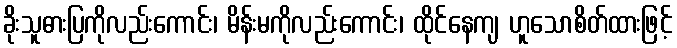
ခိုးသူဓားပြကိုလည်းကောင်း၊ မိန်းမကိုလည်းကောင်း၊ ထိုင်နေကျ ဟူသောစိတ်ထားဖြင့်